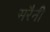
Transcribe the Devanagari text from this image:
सरैनी